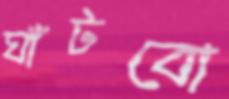
ঘাঁটবো